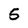
Character: 5